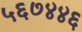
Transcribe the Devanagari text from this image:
५६७४४६